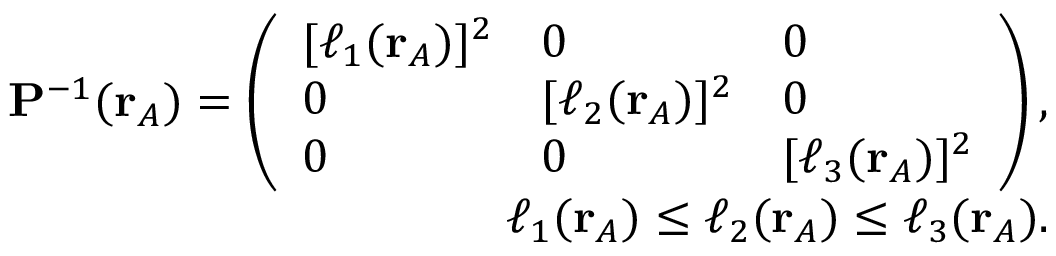
\begin{array} { r } { \mathbf { P } ^ { - 1 } ( \mathbf { r } _ { A } ) = \left( \begin{array} { l l l } { [ \ell _ { 1 } ( \mathbf { r } _ { A } ) ] ^ { 2 } } & { 0 } & { 0 } \\ { 0 } & { [ \ell _ { 2 } ( \mathbf { r } _ { A } ) ] ^ { 2 } } & { 0 } \\ { 0 } & { 0 } & { [ \ell _ { 3 } ( \mathbf { r } _ { A } ) ] ^ { 2 } } \end{array} \right) , } \\ { \ell _ { 1 } ( \mathbf { r } _ { A } ) \le \ell _ { 2 } ( \mathbf { r } _ { A } ) \le \ell _ { 3 } ( \mathbf { r } _ { A } ) . } \end{array}